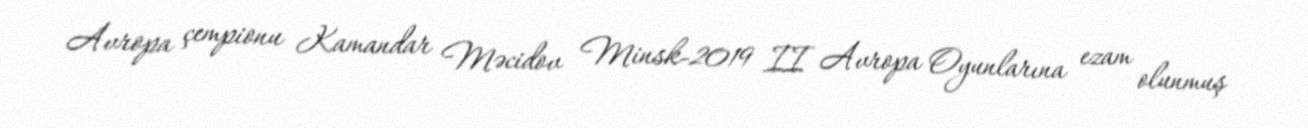
Avropa çempionu Kamandar Məcidov Minsk-2019 II Avropa Oyunlarına ezam olunmuş